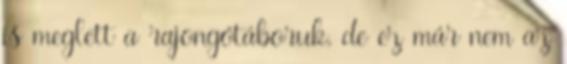
is meglett a rajongótáboruk, de ez már nem az